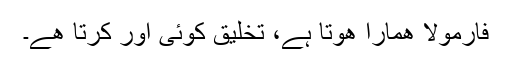
فارمولا ھمارا ھوتا ہے، تخلیق کوئی اور کرتا ھے۔